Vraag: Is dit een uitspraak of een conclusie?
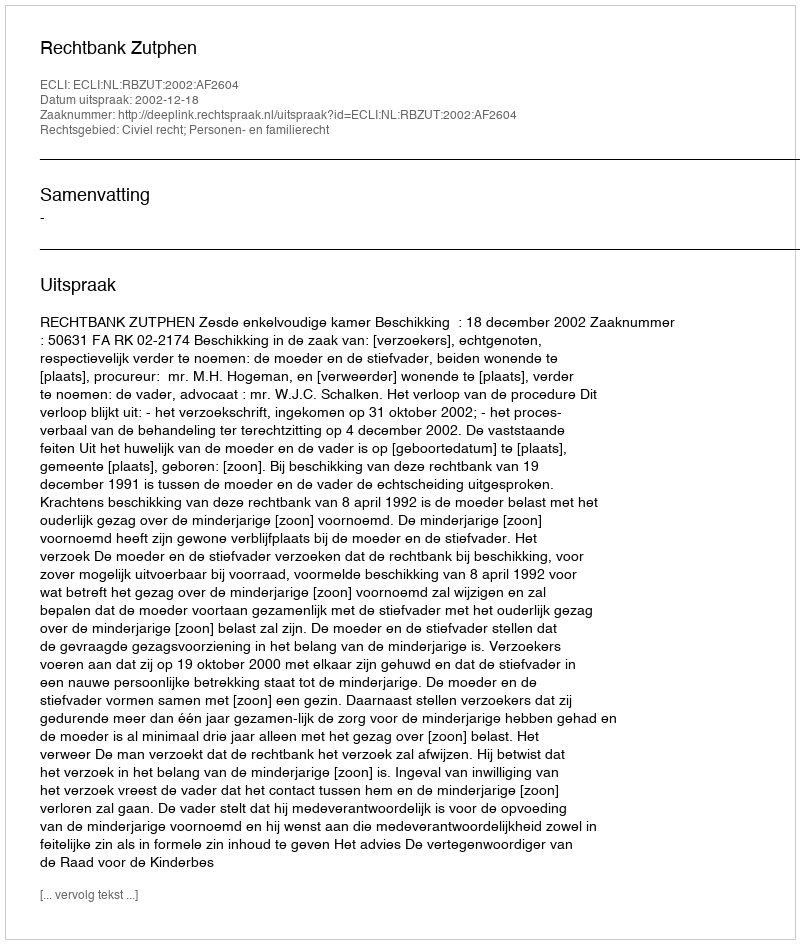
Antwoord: Uitspraak